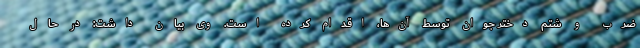
ضرب و شتم دختر جوان توسط آن‌ها، اقدام کرده است. وی بیان داشت: در حال